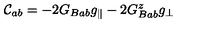
{ \cal C } _ { a b } = - 2 G _ { B a b } g _ { \parallel } - 2 G _ { B a b } ^ { z } g _ { \perp }